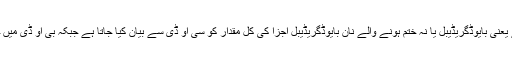
صاف یا الودہ پانی میں شامل قدرتی طور پر ختم ہونے والے یعنی بایوڈگریڈیبل یا نہ ختم ہونے والے نان بایوڈگریڈیبل اجزا کی کل مقدار کو سی او ڈی سے بیان کیا جاتا ہے جبکہ بی او ڈی میں حیاتی طور پر تلف ہوجانے والے اجزا کا شمار کیا جاتا ہے۔